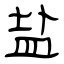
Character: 盐